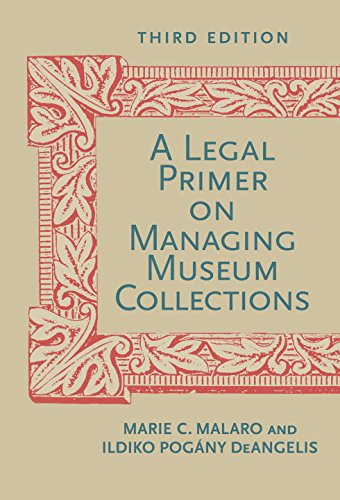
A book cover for A Legal Primer on Managing Museum Collections, Third Edition; Marie C. Malaro; Business & Money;